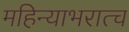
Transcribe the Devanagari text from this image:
महिन्याभरात्च